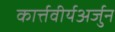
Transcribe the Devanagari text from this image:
कार्त्तवीर्यअर्जुन